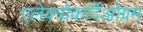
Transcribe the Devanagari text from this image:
एलेक्त्रोकर्दिओग्रम